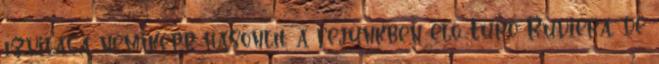
ízvilága némiképp hasonlít a fejünkben élő Túró Rudiéra, de